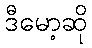
ဒီမော့ဆို